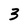
Character: 3